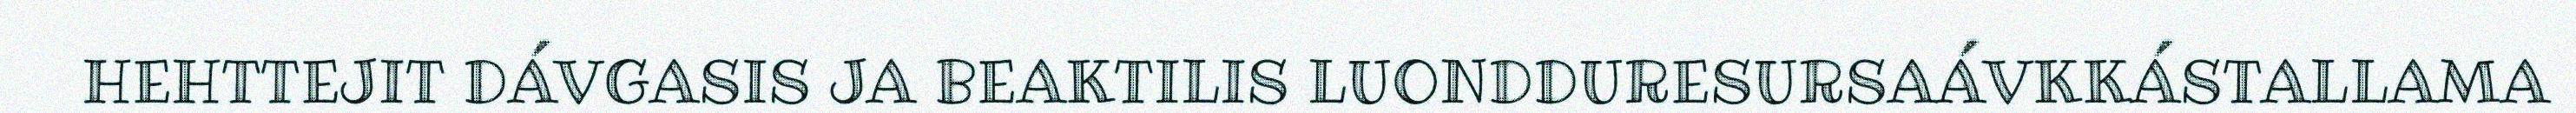
HEHTTEJIT DÁVGASIS JA BEAKTILIS LUONDDURESURSAÁVKKÁSTALLAMA